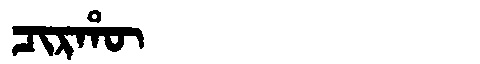
Manchu: ᠴᡳᡵᡥᡡ
Romanization: CIRHŪ